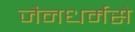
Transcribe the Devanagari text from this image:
जैनधर्मसे